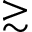
\gtrsim